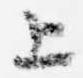
上